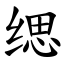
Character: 缌